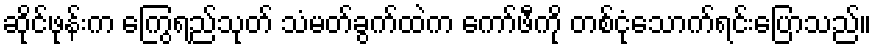
ဆိုင်ဖုန်းက ကြွေရည်သုတ် သံမတ်ခွက်ထဲက ကော်ဖီကို တစ်ငုံသောက်ရင်းပြောသည်။